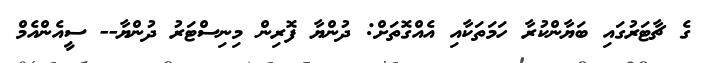
ގެ ޗާޓަރުގައި ބަޔާންކުރާ ހަމަތަކާއި އެއްގޮތަށް: ދުންޔާ ފޮރިން މިނިސްޓަރު ދުންޔާ-- ސީއެންއެމް